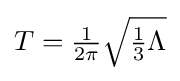
{\textstyle T={\frac {1}{2\pi }}{\sqrt {{\frac {1}{3}}\Lambda }}}